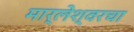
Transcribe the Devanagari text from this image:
मार्लेश्वरचा